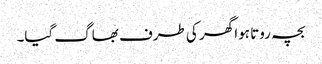
بچہ روتا ہوا گھر کی طرف بھاگ گیا۔